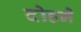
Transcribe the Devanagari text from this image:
दोहने